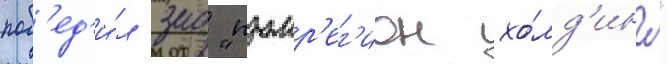
поб'ед'и́л зао "промр'ег'ион хо́лд'инг"